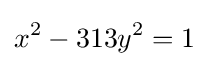
x^{2}-313y^{2}=1